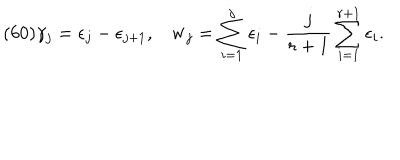
( 6 0 ) \gamma _ { j } = \epsilon _ { j } - \epsilon _ { j + 1 } , { \bf w } _ { j } = \sum _ { i = 1 } ^ { j } \epsilon _ { i } - \frac { j } { r + 1 } \sum _ { i = 1 } ^ { r + 1 } \epsilon _ { i } .